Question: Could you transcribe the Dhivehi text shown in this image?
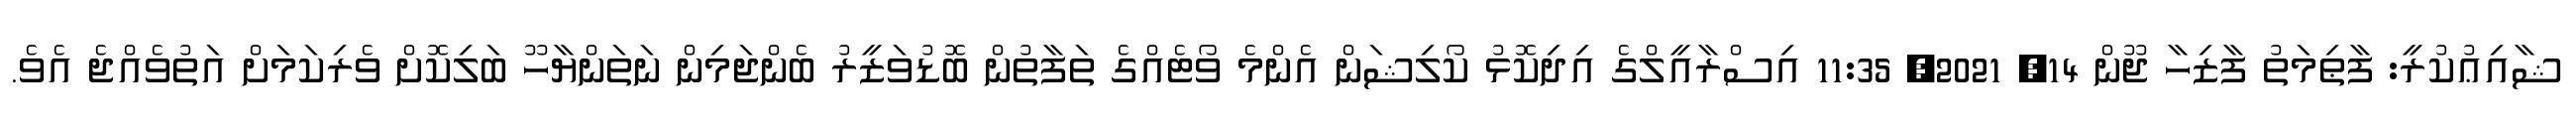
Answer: ޝާއިޢުކުރީ: ފާޠިމަތު ފާޒިހާ ޖޫން 14, 2021, 11:35 އިސްރާއީލްގެ އިދިކޮޅު ކޯލިޝަން އެންމެ ވޯޓެއްގެ ތަފާތުން ބޮޑުވަޒީރު ބެންޖަމިން ނަތަންޔާހޫ ބަލިކޮށް ވެރިކަމަށް އަތުވެއްޖެ އެވެ.